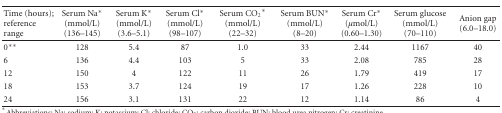
| Time (hours);reference range | Serum Na* (mmol/L)(136–145) | Serum K* (mmol/L)(3.6–5.1) | Serum Cl* (mmol/L)(98–107) | Serum CO2* (mmol/L)(22–32) | Serum BUN* (mmol/L)(8–20) | Serum Cr* (μmol/L) (0.60–1.30) | Serum glucose (mmol/L)(70–110) | Anion gap(6.0–18.0) |
 | --- | --- | --- | --- | --- | --- | --- | --- | --- |
 | 0** | 128 | 5.4 | 87 | 1.0 | 33 | 2.44 | 1167 | 40 |
 | 6 | 136 | 4.4 | 103 | 5 | 33 | 2.08 | 785 | 28 |
 | 12 | 150 | 4 | 122 | 11 | 26 | 1.79 | 419 | 17 |
 | 18 | 153 | 3.7 | 124 | 19 | 17 | 1.26 | 228 | 10 |
 | 24 | 156 | 3.1 | 131 | 22 | 12 | 1.14 | 86 | 4 |